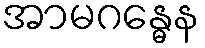
အာမဂန္ဓေန